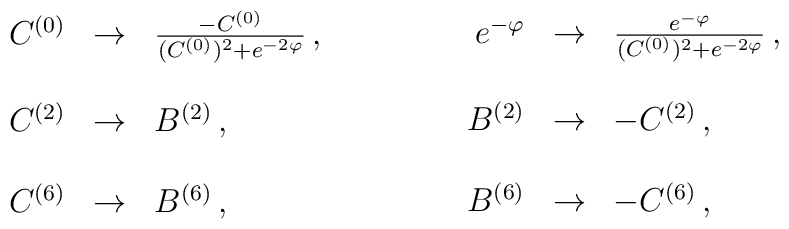
\begin{array}{rcl}C^{(0)} &\rightarrow& {- C^{(0)} \over (C^{(0)})^2 + e^{-2 \varphi}} \, ,\\& &\\C^{(2)} &\rightarrow& B^{(2)} \, ,\\& &\\C^{(6)} &\rightarrow& B^{(6)}\, ,\\\end{array}\hspace{1.5cm}\begin{array}{rcl}e^{-\varphi} &\rightarrow& { e^{- \varphi} \over (C^{(0)})^2 + e^{-2 \varphi}}\, ,\\& &\\B^{(2)} &\rightarrow& - C^{(2)} \, ,\\& &\\B^{(6)} &\rightarrow& - C^{(6)} \, ,\\\end{array}